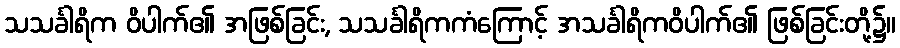
သသင်္ခါရိက ဝိပါက်၏ အဖြစ်ခြင်း, သသင်္ခါရိကကံကြောင့် အသင်္ခါရိကဝိပါက်၏ ဖြစ်ခြင်းတို့၌။